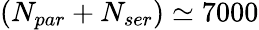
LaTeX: (N_{par}+N_{ser})\simeq 7000